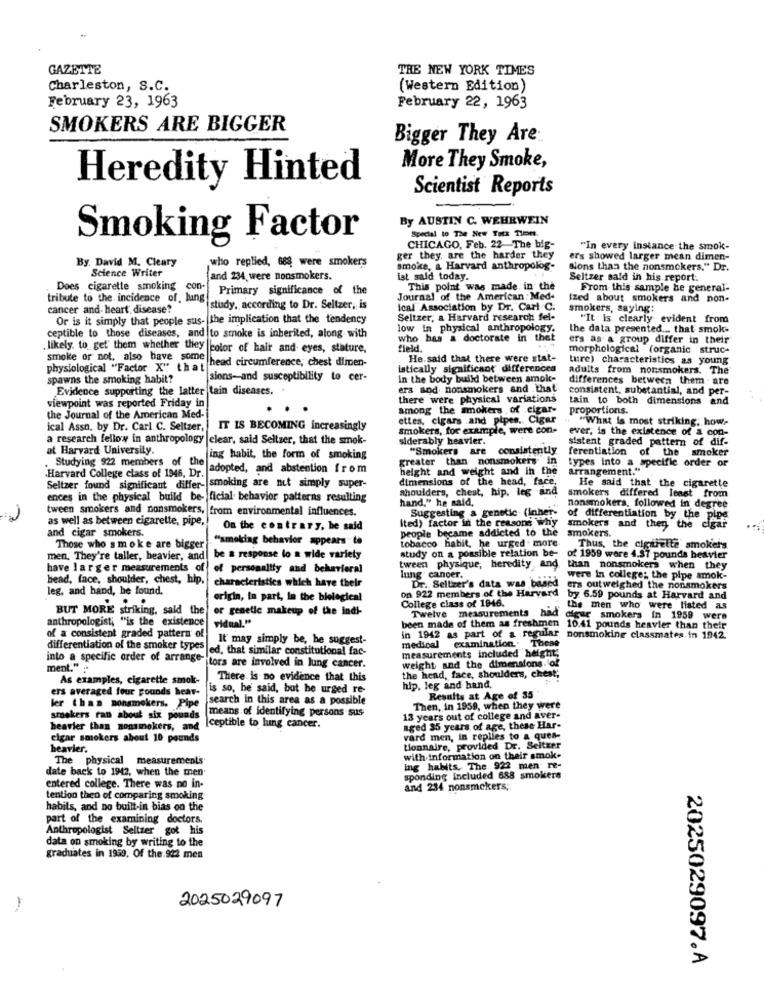
GAZETTE
THE NEW YORK TIMES
Charleston, S.C.
(Western Edition)
February 23, 1963
February 22, 1963
SMOKERS ARE BIGGER
Bigger They Are:
More They Smoke,
Heredity Hinted
Scientist Reports
By AUSTIN C. WEHRWEIN
Special to The New Totx TimEt.
Smoking Factor
CHICAGO, Feb. 22- The big-
"In every instance the smok-
By. David M. Cleary
who replied, 688 were smokers
ger they are the harder they
ers showed larger mean dimen-
Science Writer
smoke, a Harvard anthropolog-
sions than the nonsmokers." Dr.
and 234 were nonsmokers.
ist said today.
Seltzer sald in his report.
Does cigarette smoking con-
Primary significance of the
This point was made in the
From this sample be general-
tribute to the incidence of. lung!
Journal of the American: Med.
ized about smokers and non-
cancer and heart disease?
study, according to Dr. Seltzer, is
ical Association by Dr. Carl C.
smokers, saying:
Or is it simply that people sus- the implication that the tendency
Seltzer, a Harvard research fel-
"It is clearly evident from
ceptible to those diseases, and to smoke is inherited, along with
low in physical anthropology.
the data presented ... that smok-
who has a doctorate in thet
ers as a group differ in their
likely, to get' them whether they color of hair and eyes, stature,
field
morphological (organic struc-
smoke or not. also have some
head circumference; chest dimen-
He.said that there were stat-
ture) characteristics as young
physiological "Factor X" that
istically significant differences
adults from nonsmokers. The
spawns the smoking habit?
sions-and susceptibility to cer-
In the body build between amok-
differences between them
Evidence supporting the latter tain diseases.
ers and nonsmokers and .that
consistent, substantial, and per-
viewpoint was reported Friday in
there were physical variations
tain to both dimensions and
And
among the mokers of cigar-
proportions.
the Journal of the American Med-
ettes, cigars and pipes .. Cigar
"What is most striking, how.
ical Asso, by Dr. Carl. C. Seltzer,
IT IS BECOMING increasingly
smokers, for example, were con-
ever, is the existence of a con-
a research fellow in anthropology clear, said Seltzer, that the smok-
siderably heavier.
sistent graded pattern of dif-
at Harvard University.
"Smokers are consistently
ferentiation of the
smoker
Studying 922 members of the
ing habit, the form of smoking
greater than nonsmokers- in
types into a specific order or
adopted, and abstention from
height and weight and in the
arrangement."
Harvard College class of 1946, Dr.
dimensions of the head, face,
He said that the cigarette
Seltzer found significant differ- smoking are not simply super-
rs, chest, hip. leg and
smokers differed Itost from
ences in the physical build be- ficial behavior patterns resulting
hand," he said,
tween smokers and nonsmokers, from environmental influences.
Suggesting a genetic- (Inher-
nonsmokers, followed in degree
as well as between cigarette, pipe ,!
Ited) factor in the reasons why
of differentiation by the pipe
and cigar smokers.
On the contrary, be said
people became addicted to the
smokers.
smokers and then the cigar
"smoking behavior appears"te
tobacco habit, he urged. more
Those who smoke are bigger
study on a possible relation be-
Thus, the cigarette smokers
men. They're taller, heavier, and
be a response to a wide variety
of 1959 were 4.37 pounds heavier
have larger measurements of
of personality and behavioral
tween physique, heredity, and
than nonsmokers when they
head, face, shoulder, chest, hip,
characteristics which have their
lung cancer.
Dr. Seltzer's data was based
were In college; the pipe smok-
leg, and hand, he found.
on 922 members of the Harvard
ers outweighed the nonsmokers
origin, in part, in the biological
on 922 members of the Harvard by 6.59 pounds at Harvard and
College class of 1846.
by 6.59 pounds at Harvard and
BUT MORE striking, sald the' or genetic makeup of the indi-
Twelve measurements had
the men who were listed as
anthropologist; "is the existence
vidual."
been made of them as freshmen
digur smokers in 1959 were
of a consistent graded pattern of
10.41 pounds heavier than their
It may simply be, he suggest-
in 1942 as part of a regular nonsmoking classmates. in 1942.
examination. These
differentiation of the smoker types
ed, that similar constitutional fac-
medical
into a specific order of arrange-
measurements included height
weight and the dimensions. of
ment."
tors are involved in lung cancer.
the head, face, shoulders, chest;
As examples, cigarette smok-
There is no evidence that this
ers averaged four pounds hear-
is so, he said, but he urged re-
hip, leg and hand.
search in this area as a possible
Results at Age of 35
ler than nonsmokers. Pipe
means of identifying persons sus
Then, in 1959, when they were
smokers ran about six pounds
13 years out of college and aver-
heavier than nonsmokers, and
ceptible to lung cancer.
aged 35 years of age, th
tage, these Har-
cigar smokers about 10 pounds
vard men, in replies to a ques-
heavier.
The physical measurements
with information on their smok-
date back to 1942, when the men
ing habits, The 922 men re-
sponding included 688 smokers
entered college. There was no in-
and 234 nonsmokers;
tention then of comparing smoking
habits, and no built-in bias on the
part of the examining doctors.
Anthropologist Seltzer got his
data on smoking by writing to the
graduates in 1959. Of the.922 men
2025029097
2025029097.A